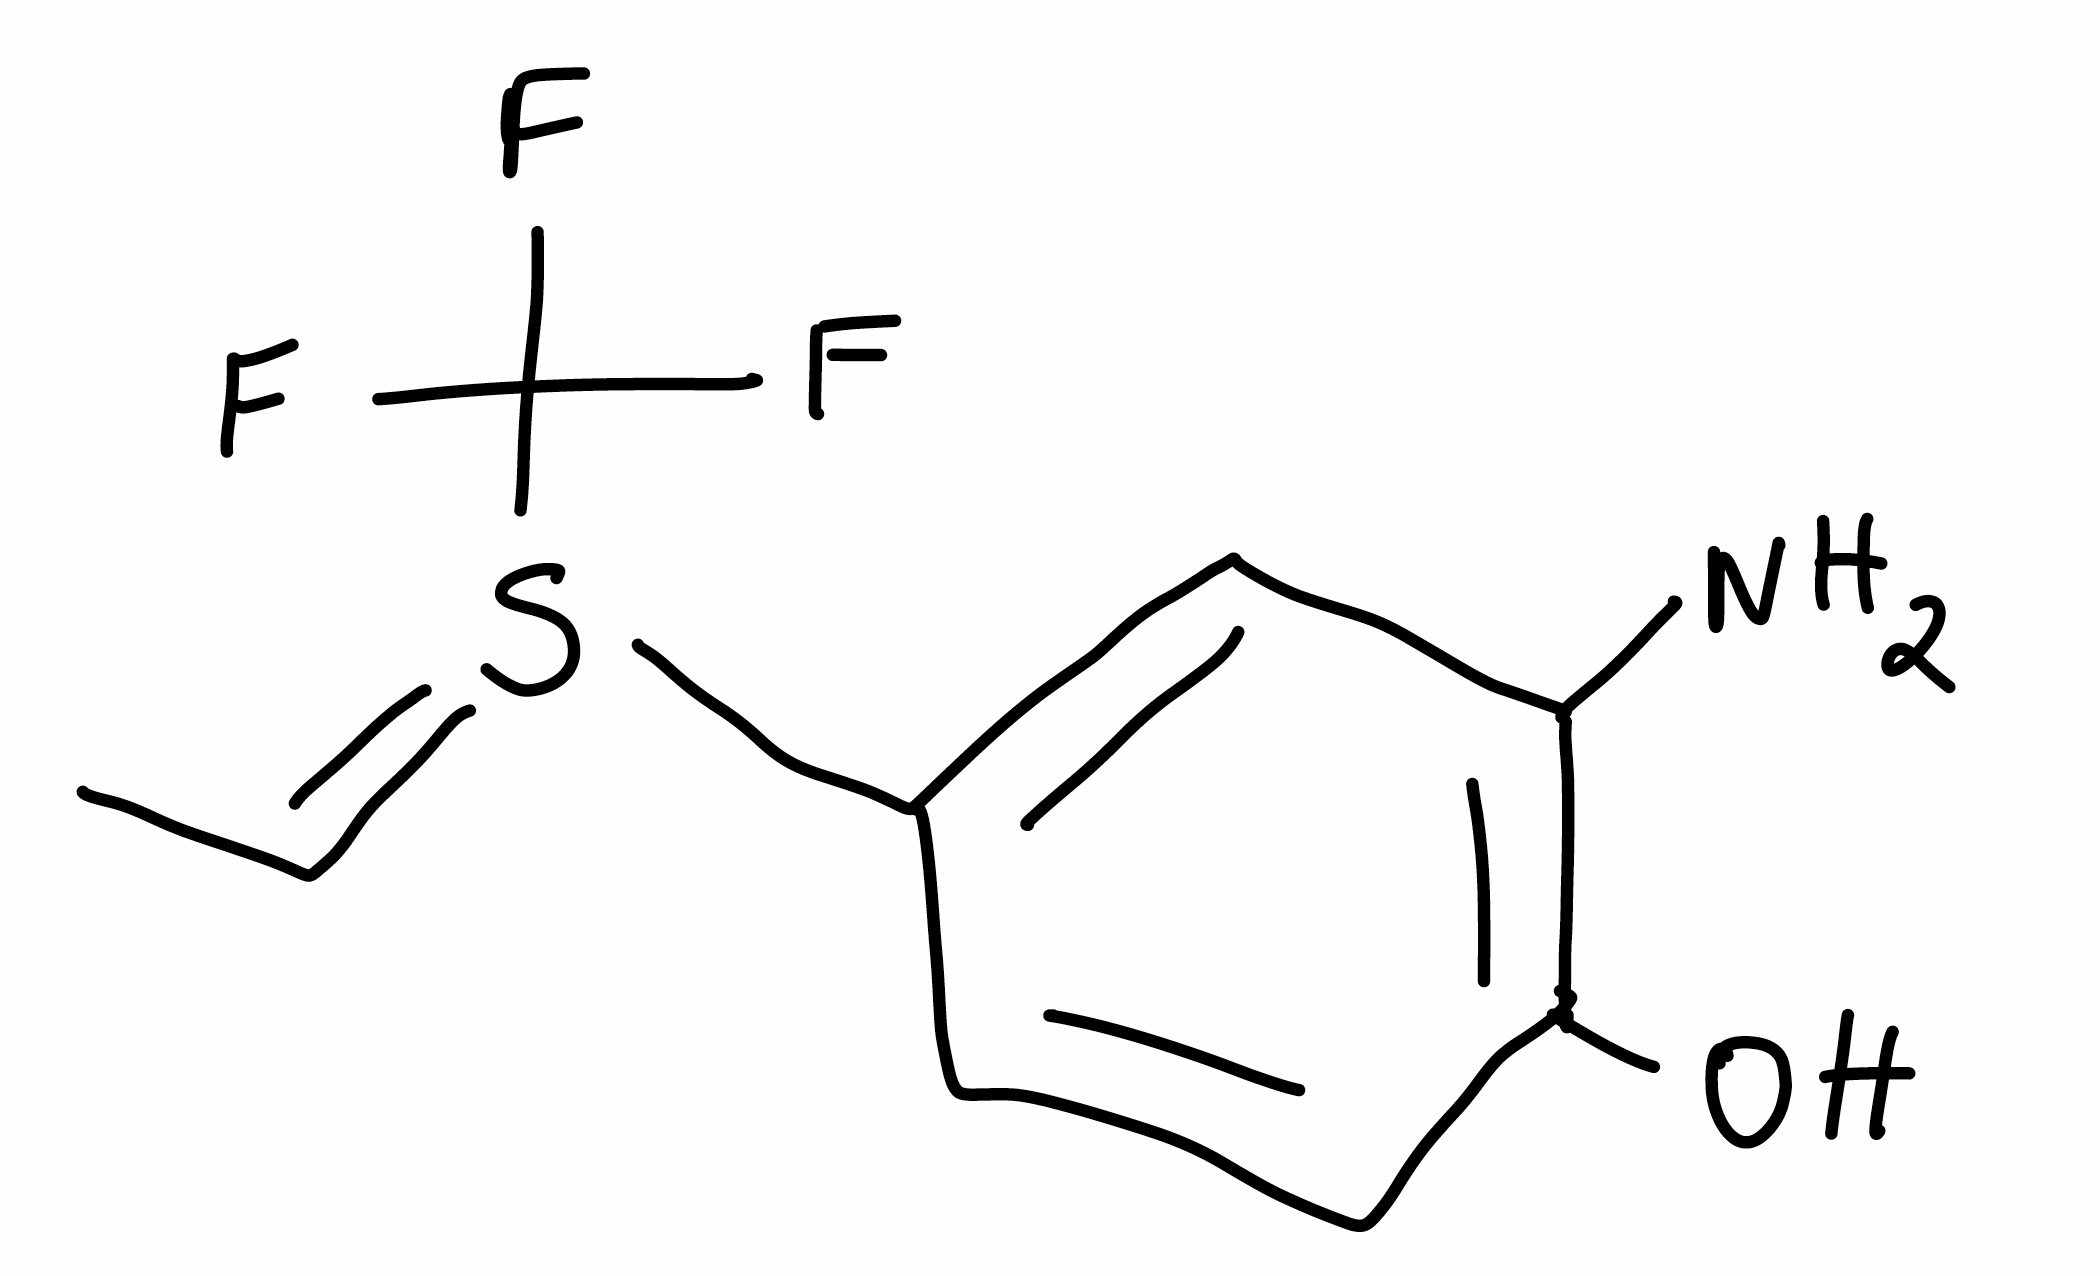
Simplified molecular-input line-entry system (SMILES) notation of the given molecule:
C/C=S(/C1=CC(=C(C=C1)O)N)\C(F)(F)F